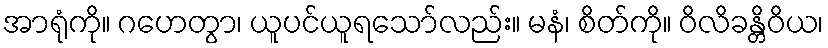
အာရုံကို။ ဂဟေတွာ၊ ယူပင်ယူရသော်လည်း။ မနံ၊ စိတ်ကို။ ဝိလိခန္တိဝိယ၊